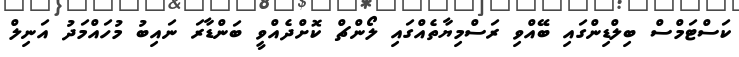
ކަސްޓަމްސް ބިލްޑިންގައި ބޭއްވި ރަސްމިޔާތެއްގައި ލޯންޗް ކޮށްދެއްވީ ބަންޑާރަ ނައިބު މުހައްމަދު އަނިލް